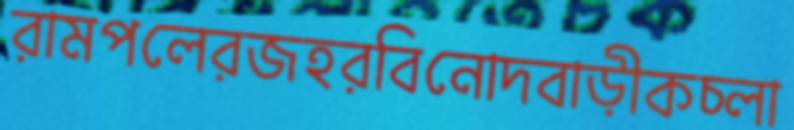
রামপলেরজহরবিনোদবাড়ীকচ্‌লা